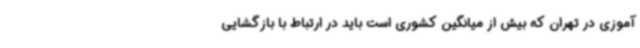
آموزی در تهران که بیش از میانگین کشوری است باید در ارتباط با بازگشایی